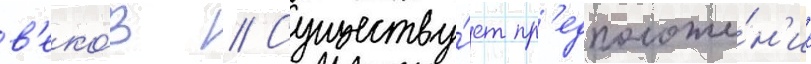
в'еко́в // Существу́ет пр'едположе́н'ие